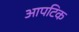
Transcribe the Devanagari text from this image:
आपटिक